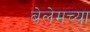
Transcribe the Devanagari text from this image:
बेलेमच्या